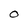
Character: O